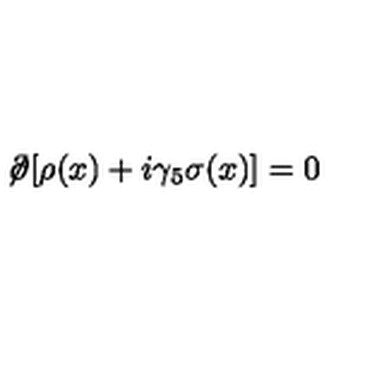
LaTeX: \not \! \partial [ \rho ( x ) + i \gamma _ { 5 } \sigma ( x ) ] = 0 \,